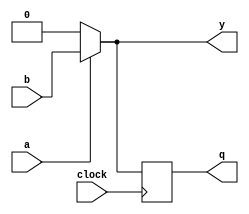
module behavioral_model (
    input wire a,             // Input for combinational logic
    input wire b,             // Input for combinational logic
    input wire clock,         // Clock input for sequential logic
    output reg y,            // Output for combinational logic
    output reg q             // Output for sequential logic (register)
);

// Combinational Logic using always @*
always @* begin
    // Example: 2-input multiplexer
    if (a) begin
        y = b;               // If a is high, output b
    end else begin
        y = 1'b0;           // If a is low, output 0
    end
end

// Sequential Logic using always @(posedge clock)
always @(posedge clock) begin
    // Example: D flip-flop
    q <= y;                 // On clock edge, assign the value of y to q
end

endmodule